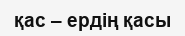
қас – ердің қасы